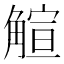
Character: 𧤎